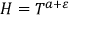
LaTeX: H = T ^ { a + \varepsilon }